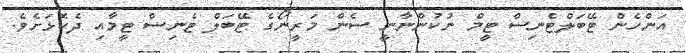
އަންހެން ޓޭބަލްޓެނިސް ޓީމް ނުކުންނާނީ ސެން މަރީނޯގެ ޓޭބަލް ޓެނިސް ޓީމާއި ދެކޮޅަށެވެ.